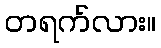
တရက်လား။